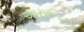
આરારૂટના